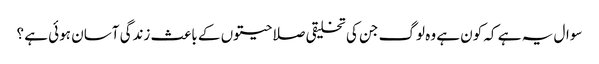
سوال یہ ہے کہ کون ہے وہ لوگ جن کی تخلیقی صلاحیتوں کے باعث زندگی آسان ہوئی ہے ؟